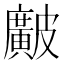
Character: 𥀱